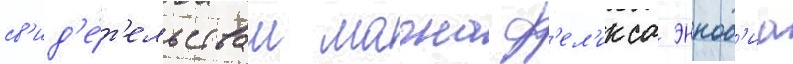
св'ид'е́т'ельствам магна ф'ел'икса эннод'иа